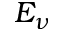
E _ { \nu }